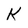
Character: K